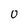
Character: O